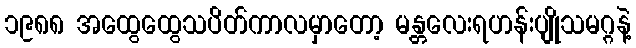
၁၉၈၈ အထွေထွေသပိတ်ကာလမှာတော့ မန္တလေးရဟန်းပျိုသမဂ္ဂနဲ့